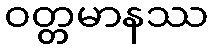
ဝတ္တမာနဿ